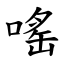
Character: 嗂